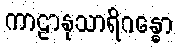
ကာဠာနုသာရိဂန္ဓော